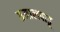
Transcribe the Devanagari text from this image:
तमालपाडू